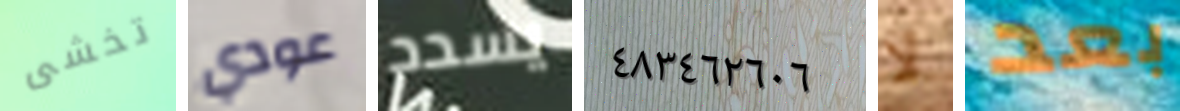
تخشى عودي يسدد ٤٨٣٤٦٢٦٠٦ لا بعد